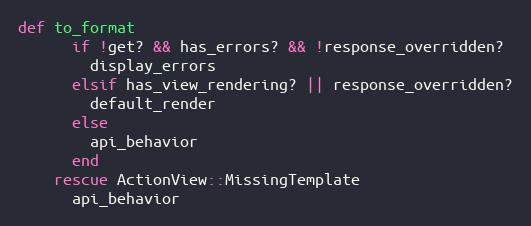
Language: Ruby
def to_format
      if !get? && has_errors? && !response_overridden?
        display_errors
      elsif has_view_rendering? || response_overridden?
        default_render
      else
        api_behavior
      end
    rescue ActionView::MissingTemplate
      api_behavior